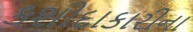
કશીદાકારીના